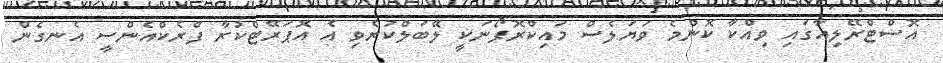
އޮސްޓްރޭލިއާގައި ވިއްކާ ކޮންމެ ވަޔަލެސް މައިކްރޮފޯނަކީ ލޭބަލްކުރެވި އެ އޮޕަރޭޓްކުރާ ފްރެކްއެންސީ އެނގެން